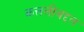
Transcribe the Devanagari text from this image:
कत्तलीबद्दल